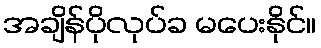
အချိန်ပိုလုပ်ခ မပေးနိုင်။